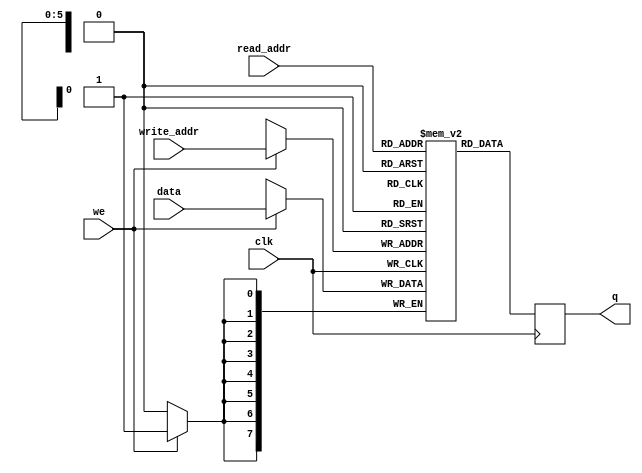
// Simple Dual Port RAM with separate read/write addresses and
// single read/write clock

module BRAM_SDP
#(parameter DATA_WIDTH=8, parameter ADDR_WIDTH=6)
(
	input [(DATA_WIDTH-1):0] data,
	input [(ADDR_WIDTH-1):0] read_addr, write_addr,
	input we, clk,
	output reg [(DATA_WIDTH-1):0] q
);

	// Declare the RAM variable
(* ram_style = "auto" *)
	reg [DATA_WIDTH-1:0] ram[2**ADDR_WIDTH-1:0];

	always @ (posedge clk)
	begin
		// Write
		if (we)
			ram[write_addr] <= data;

		// Read (if read_addr == write_addr) returns OLD data.	To return
		// NEW data, use = (blocking write) rather than <= (non-blocking write)
		// in the write assignment.	 NOTE: NEW data may require extra bypass
		// logic around the RAM.
		q <= ram[read_addr];
	end

endmodule